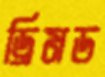
ড্রিমড